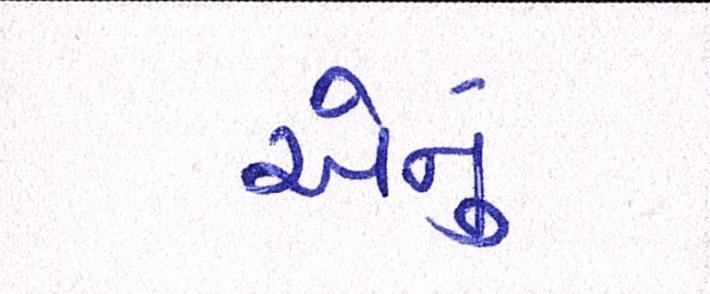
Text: એનું